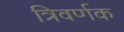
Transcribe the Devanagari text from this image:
त्रिवर्णक